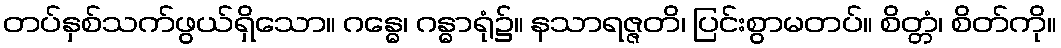
တပ်နှစ်သက်ဖွယ်ရှိသော။ ဂန္ဓေ၊ ဂန္ဓာရုံ၌။ နသာရဇ္ဇတိ၊ ပြင်းစွာမတပ်။ စိတ္တံ၊ စိတ်ကို။